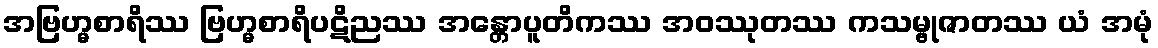
အဗြဟ္မစာရိဿ ဗြဟ္မစာရိပဋိညဿ အန္တောပူတိကဿ အဝဿုတဿ ကသမ္ဗုဇာတဿ ယံ အမုံ